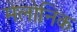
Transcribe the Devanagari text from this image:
मेलोनिक